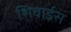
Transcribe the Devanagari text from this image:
शिवाईस